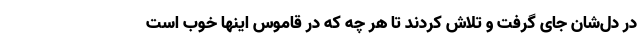
در دل‌شان جای گرفت و تلاش کردند تا هر چه که در قاموس اینها خوب است